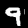
Digit: 9